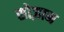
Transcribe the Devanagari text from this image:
सोज़ान